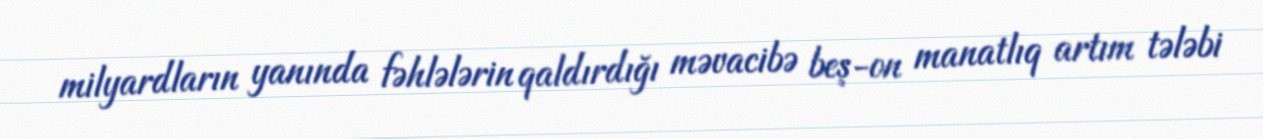
milyardların yanında fəhlələrin qaldırdığı məvacibə beş-on manatlıq artım tələbi